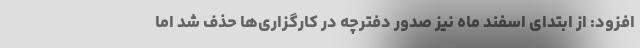
افزود: از ابتدای اسفند ماه نیز صدور دفترچه در کارگزاری‌ها حذف شد اما